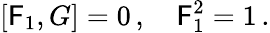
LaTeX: \left[\mathsf{F}_{1},G\right]=0\, ,\quad\mathsf{F}_{1}^{2}=1\, .